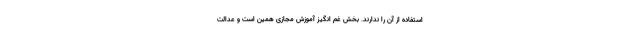
استفاده از آن را ندارند. بخش غم انگیز آموزش مجازی همین است و عدالت